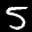
Label: 5